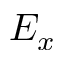
E _ { x }